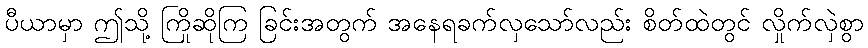
ပီယာမှာ ဤသို့ ကြိုဆိုကြ ခြင်းအတွက် အနေရခက်လှသော်လည်း စိတ်ထဲတွင် လှိုက်လှဲစွာ